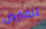
لنفترض